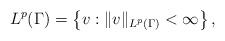
LaTeX: \begin{align*}L^p(\Gamma)=\left\{v:\|v\|_{L^p(\Gamma)}<\infty\right\},\end{align*}